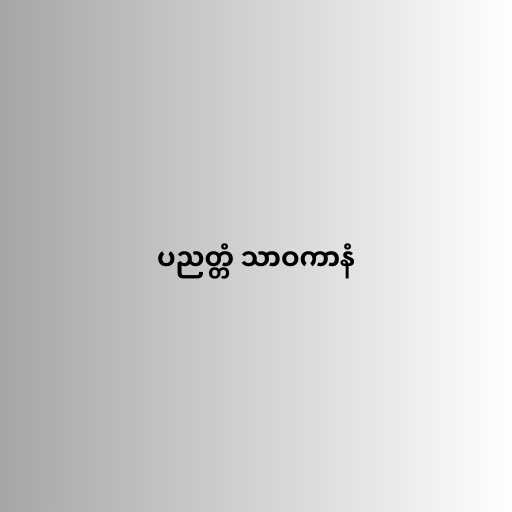
ပညတ္တံ သာဝကာနံ